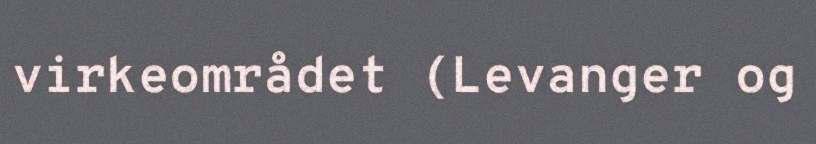
virkeområdet (Levanger og